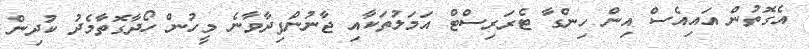
އެގޮތުން އައިއެސް އިން ހިންގާ ޓެރަރިސްޓް އަމަލުތަކާއި ޖާނުންފިދާވާނެ މީހުން ހޯދާގޮތާމެދު ކުދިން